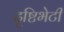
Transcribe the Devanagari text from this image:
दृष्टिभेटी